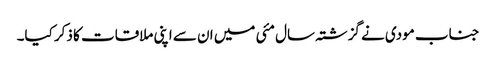
جناب مودی نے گزشتہ سال مئی میں ان سے اپنی ملاقات کا ذکر کیا۔